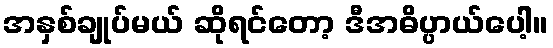
အနှစ်ချုပ်မယ် ဆိုရင်တော့ ဒီအဓိပ္ပာယ်ပေါ့။